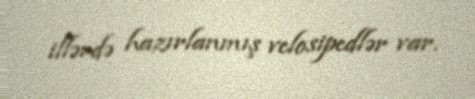
illərdə hazırlanmış velosipedlər var.